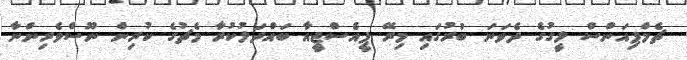
ޗެމްޕިއަންސް ލީގުގެ ދެވަނަ ބުރުގައި މިރޭ ޕީއެސްޖީއާ ބައްދަލުކުރާ މެޗުގެ ކުރިން ނޫސްވެރިންނާ